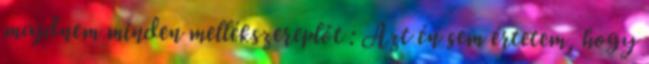
majdnem minden mellékszereplőt : Azt én sem értetem, hogy